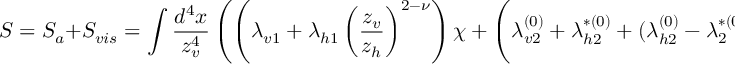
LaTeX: S = S _ { a } + S _ { v i s } = \int \frac { d ^ { 4 } x } { z _ { v } ^ { 4 } } \left( \left( \lambda _ { v 1 } + \lambda _ { h 1 } \left( \frac { z _ { v } } { z _ { h } } \right) ^ { 2 - \nu } \right) \chi + \left( \lambda _ { v 2 } ^ { ( 0 ) } + \lambda _ { h 2 } ^ { * ( 0 ) } + ( \lambda _ { h 2 } ^ { ( 0 ) } - \lambda _ { 2 } ^ { * ( 0 ) } ) \left( \frac { z _ { v } } { z _ { h } } \right) ^ { - 2 \nu } \right) \frac { \chi ^ { 2 } } { 2 } \right) .